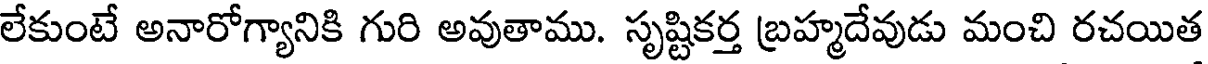
లేకుంటే అనారోగ్యానికి గురి అవుతాము. సృష్టికర్త బ్రహ్మదేవుడు మంచి రచయిత